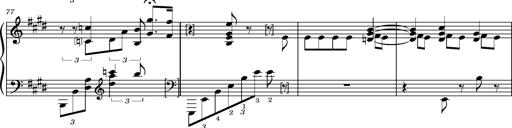
Title: PrÃ©ludes et Harmonies poÃ©tiques et religieuses
Composer: Franz Liszt